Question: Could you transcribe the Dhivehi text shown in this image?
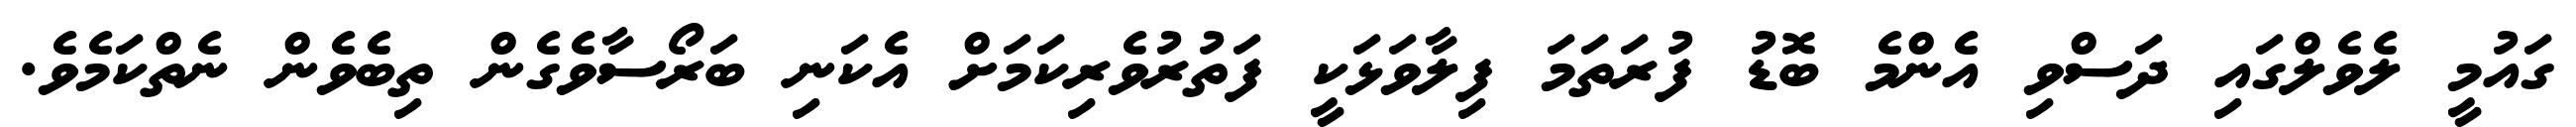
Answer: ގައުމީ ލެވެލްގައި ދަސްވި އެންމެ ބޮޑު ފުރަތަމަ ފިލާވަޅަކީ ފަތުރުވެރިކަމަށް އެކަނި ބަރޯސާވެގެން ތިބެވެން ނެތްކަމެވެ.